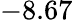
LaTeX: -8.67